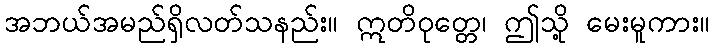
အဘယ်အမည်ရှိလတ်သနည်း။ ဣတိဝုတ္တေ၊ ဤသို့ မေးမူကား။